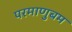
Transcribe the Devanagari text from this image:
परमाणुबम